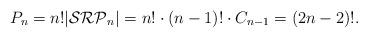
LaTeX: \begin{align*}P_n = n!|\mathcal{SRP}_n| = n!\cdot (n-1)! \cdot C_{n-1} = (2n-2)!.\end{align*}